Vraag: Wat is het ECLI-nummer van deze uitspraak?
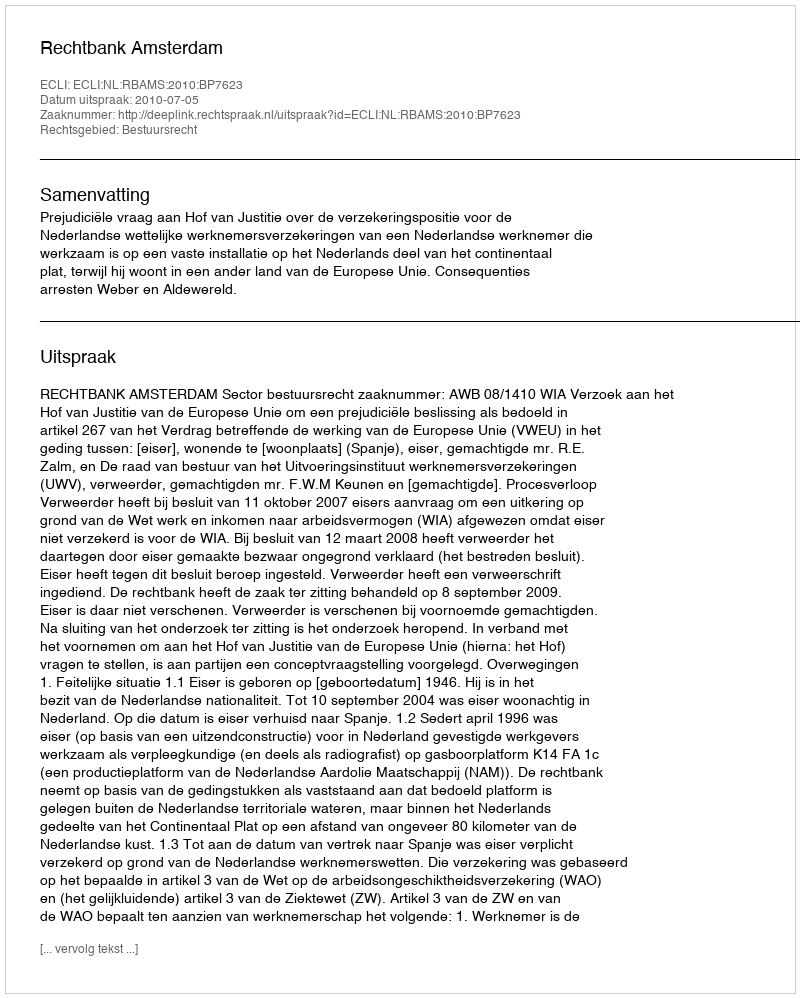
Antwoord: ECLI:NL:RBAMS:2010:BP7623